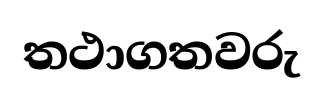
තථාගතවරු